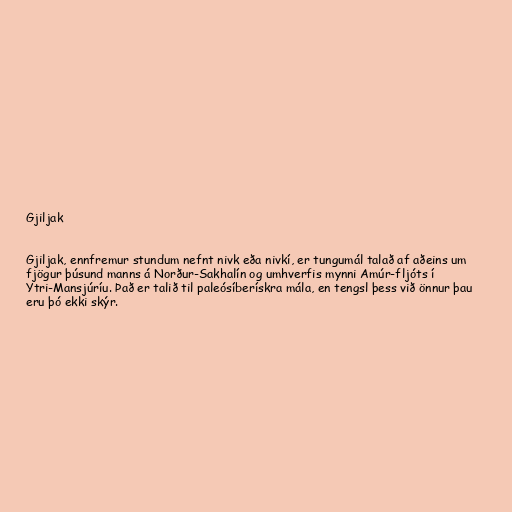
Gjiljak

Gjiljak, ennfremur stundum nefnt nivk eða nivkí, er tungumál talað af aðeins um
fjögur þúsund manns á Norður-Sakhalín og umhverfis mynni Amúr-fljóts í
Ytri-Mansjúríu. Það er talið til paleósíberískra mála, en tengsl þess við önnur þau
eru þó ekki skýr.